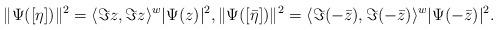
LaTeX: \begin{align*}\|\Psi([\eta])\|^{2}=\langle\Im z,\Im z\rangle^{w} |\Psi(z)|^{2},\|\Psi([\bar{\eta}])\|^{2}=\langle\Im(-\bar{z}),\Im(-\bar{z})\rangle^{w} |\Psi(-\bar{z})|^{2}.\end{align*}